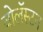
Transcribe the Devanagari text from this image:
वोलॅस्टन